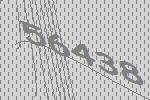
56438